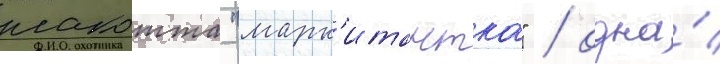
лакотта "марк'итантка" / одна́